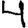
Digit: 4